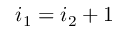
i _ { 1 } = i _ { 2 } + 1